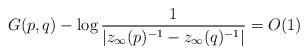
LaTeX: \begin{align*} G(p,q) - \log \frac{1}{|z_{\infty}(p)^{-1}-z_{\infty}(q)^{-1}|} = O(1)\end{align*}